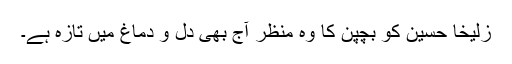
زُلیخا حُسین کو بچپن کا وہ منظر آج بھی دل و دماغ میں تازہ ہے۔